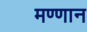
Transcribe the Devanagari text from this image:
मण्णान